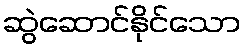
ဆွဲဆောင်နိုင်သော